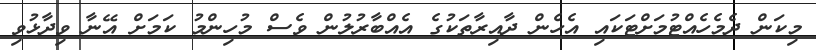
މިކަން ދެމެހެއްޓުމަށްޓަކައި އެހެން ދާއިރާތަކުގެ އެއްބާރުލުން ވެސް މުހިންމު ކަމަށް އޭނާ ވިދާޅުވި